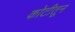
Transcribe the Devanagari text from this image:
कोटीतून